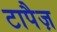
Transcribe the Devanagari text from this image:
टापैज़